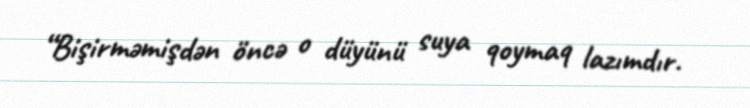
“Bişirməmişdən öncə o düyünü suya qoymaq lazımdır.